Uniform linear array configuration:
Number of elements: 24
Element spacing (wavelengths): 1
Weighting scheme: exponential
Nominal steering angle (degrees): -60
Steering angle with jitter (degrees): -59.796
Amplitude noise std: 0.05
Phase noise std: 0.05

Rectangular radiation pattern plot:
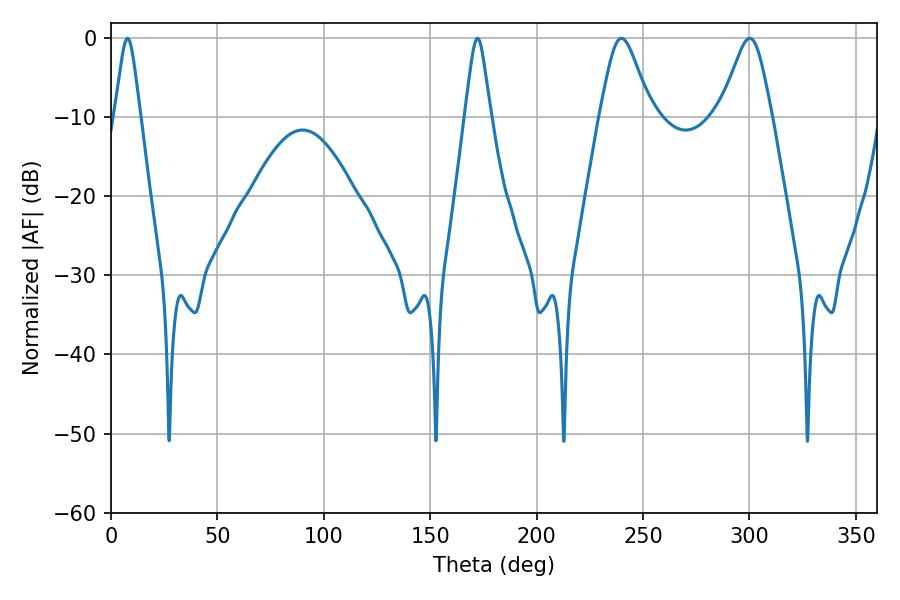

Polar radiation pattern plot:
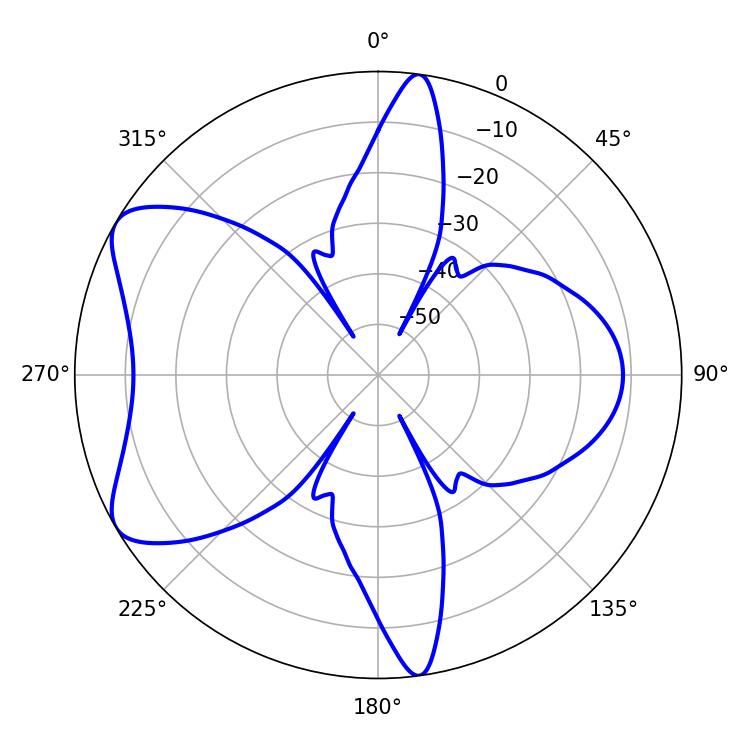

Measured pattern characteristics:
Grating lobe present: TRUE
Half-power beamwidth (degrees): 5.76
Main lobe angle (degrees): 7.74